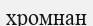
хромнан